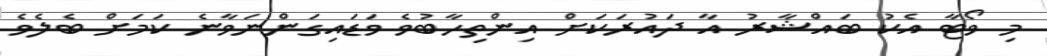
މި ވޯޓާ އެކު ބައްޝާރު އާ ދައުރަކަށް އިންތިހާބުވެ ވަޑައިގަންނަވާނެ ކަމަށް ބެލެވެ